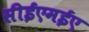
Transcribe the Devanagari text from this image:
सीईएमईए